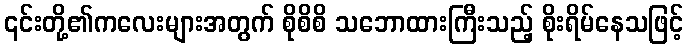
၎င်းတို့၏ကလေးများအတွက် စိုစိစိ သဘောထားကြီးသည့် စိုးရိမ်နေသဖြင့်